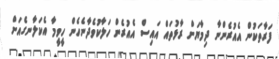
ފަރާތަކުން އެއުރެންނާ ދިމާޔަށް ރާޅުތައް އައިސް އެއުރެން ހަލާކުވެދާނެހެން ހީވީމާ އެކަލާނގެއަށް